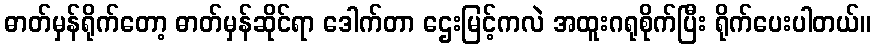
ဓာတ်မှန်ရိုက်တော့ ဓာတ်မှန်ဆိုင်ရာ ဒေါက်တာ ဌေးမြင့်ကလဲ အထူးဂရုစိုက်ပြီး ရိုက်ပေးပါတယ်။